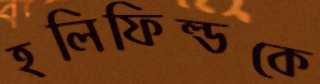
হলিফিল্ডকে